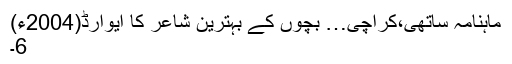
ماہنامہ ساتھی،کراچی… بچوں کے بہترین شاعر کا ایوارڈ(2004ء)
6۔